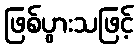
ဖြစ်ပွားသဖြင့်